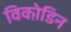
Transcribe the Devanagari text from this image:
विको़डिन